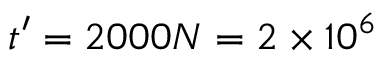
t ^ { \prime } = 2 0 0 0 N = 2 \times 1 0 ^ { 6 }